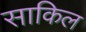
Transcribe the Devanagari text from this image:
साकिल